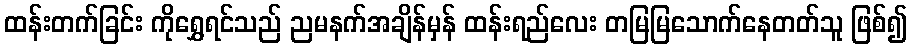
ထန်းတက်ခြင်း ကိုရွှေရင်သည် ညမနက်အချိန်မှန် ထန်းရည်လေး တမြမြသောက်နေတတ်သူ ဖြစ်၍